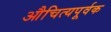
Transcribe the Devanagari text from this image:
औचित्यपूर्वक